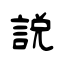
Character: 說